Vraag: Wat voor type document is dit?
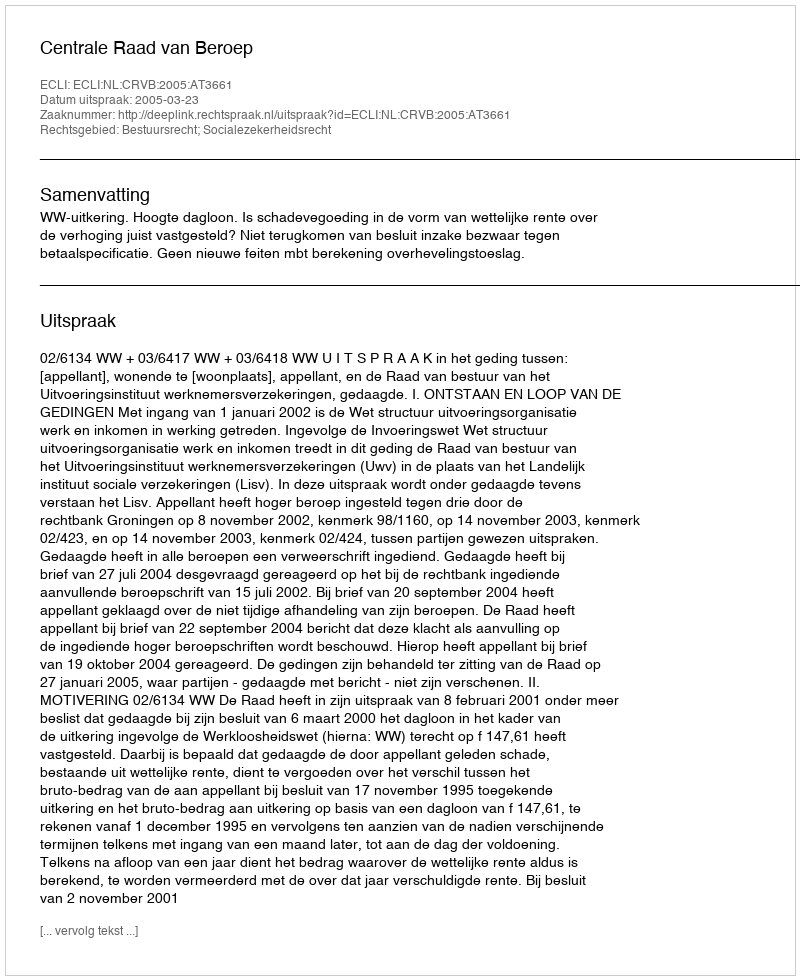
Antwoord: Uitspraak